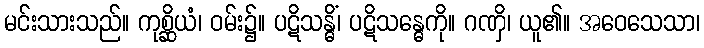
မင်းသားသည်။ ကုစ္ဆိယံ၊ ဝမ်း၌။ ပဋိသန္ဓိံ၊ ပဋိသန္ဓေကို။ ဂဏှိ၊ ယူ၏။ အဝေသေသာ၊